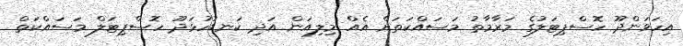
އިހަވަންދޫ ހޮސްޕިޓަލުގެ މަރާމާތު މަސައްކަތަށް އެއް މިލިއަން އަދި ކަނޑުހުޅަދޫ ހޮސްޕިޓަލް މަސައްކަތް